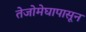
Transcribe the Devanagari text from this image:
तेजोमेघापासून